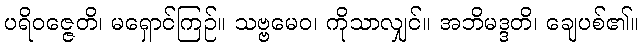
ပရိဝဇ္ဇေတိ၊ မရှောင်ကြဉ်။ သဗ္ဗမေဝ၊ ကိုသာလျှင်။ အဘိမဒ္ဒတိ၊ ချေပစ်၏။